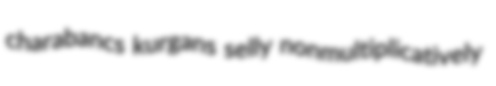
charabancs kurgans selly nonmultiplicatively